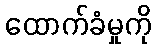
ထောက်ခံမှုကို